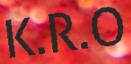
K.R.O